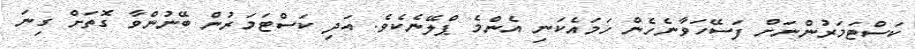
ކަސްޓަމަރުންނަށް ފަސޭހަވާނެހެން ހަމައެކަނި އެންމެ ޕްލޭނެކެވެ. އަދި ކަސްޓަމަރުން ބޭނުންވާ ގޮތަށް ގިނަ